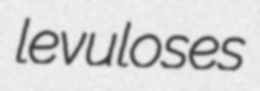
levuloses